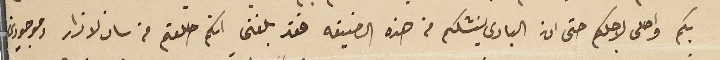
بكم واصلى لاجلكم حتى ان البارى ينشلكم من هذه الضيقه فقد بلغنى انكم حللتم فى سان لازار وموجودين